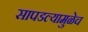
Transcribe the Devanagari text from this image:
सापडल्यामुळेच